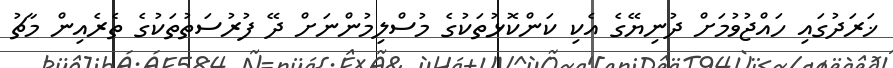
ޚަރަދުގައި ހައްޖުވުމަށް ދުނިޔޭގެ އެކި ކަންކޮޅުތަކުގެ މުސްލިމުންނަށް ދޭ ފުރުސަތުތަކުގެ ތެރެއިން މާޗު